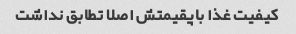
کیفیت غذا باپقیمتش اصلا تطابق نداشت